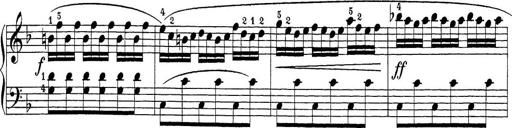
Title: Sonatina Album
Composer: Louis KÃ¶hler